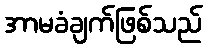
အာမခံချက်ဖြစ်သည်